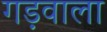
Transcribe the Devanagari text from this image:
गड़वाला